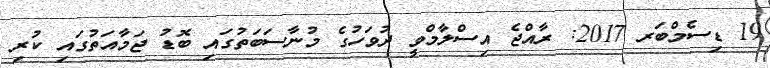
19 ޑިސެމްބަރ 2017: ރާއްޖެ އިސްލާމްވީ ދުވަހުގެ މުނާސަބަތުގައި ބޮޑު ޖަމާއަތުގައި ކުރި